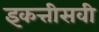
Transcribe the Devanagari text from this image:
इकत्तीसवी